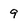
Character: 9